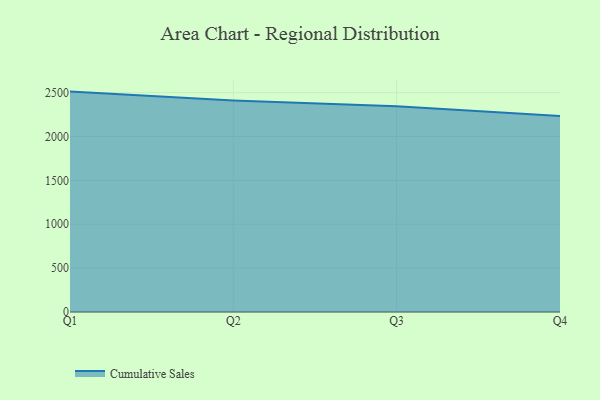
{"axis": {"x": "Quarter", "y": "Revenue (USD Million)"}, "legend": ["Cumulative Sales"], "data": [{"x": "Q1", "y": 2511.8, "type": "Cumulative Sales"}, {"x": "Q2", "y": 2411.0, "type": "Cumulative Sales"}, {"x": "Q3", "y": 2345.2, "type": "Cumulative Sales"}, {"x": "Q4", "y": 2234.5, "type": "Cumulative Sales"}]}